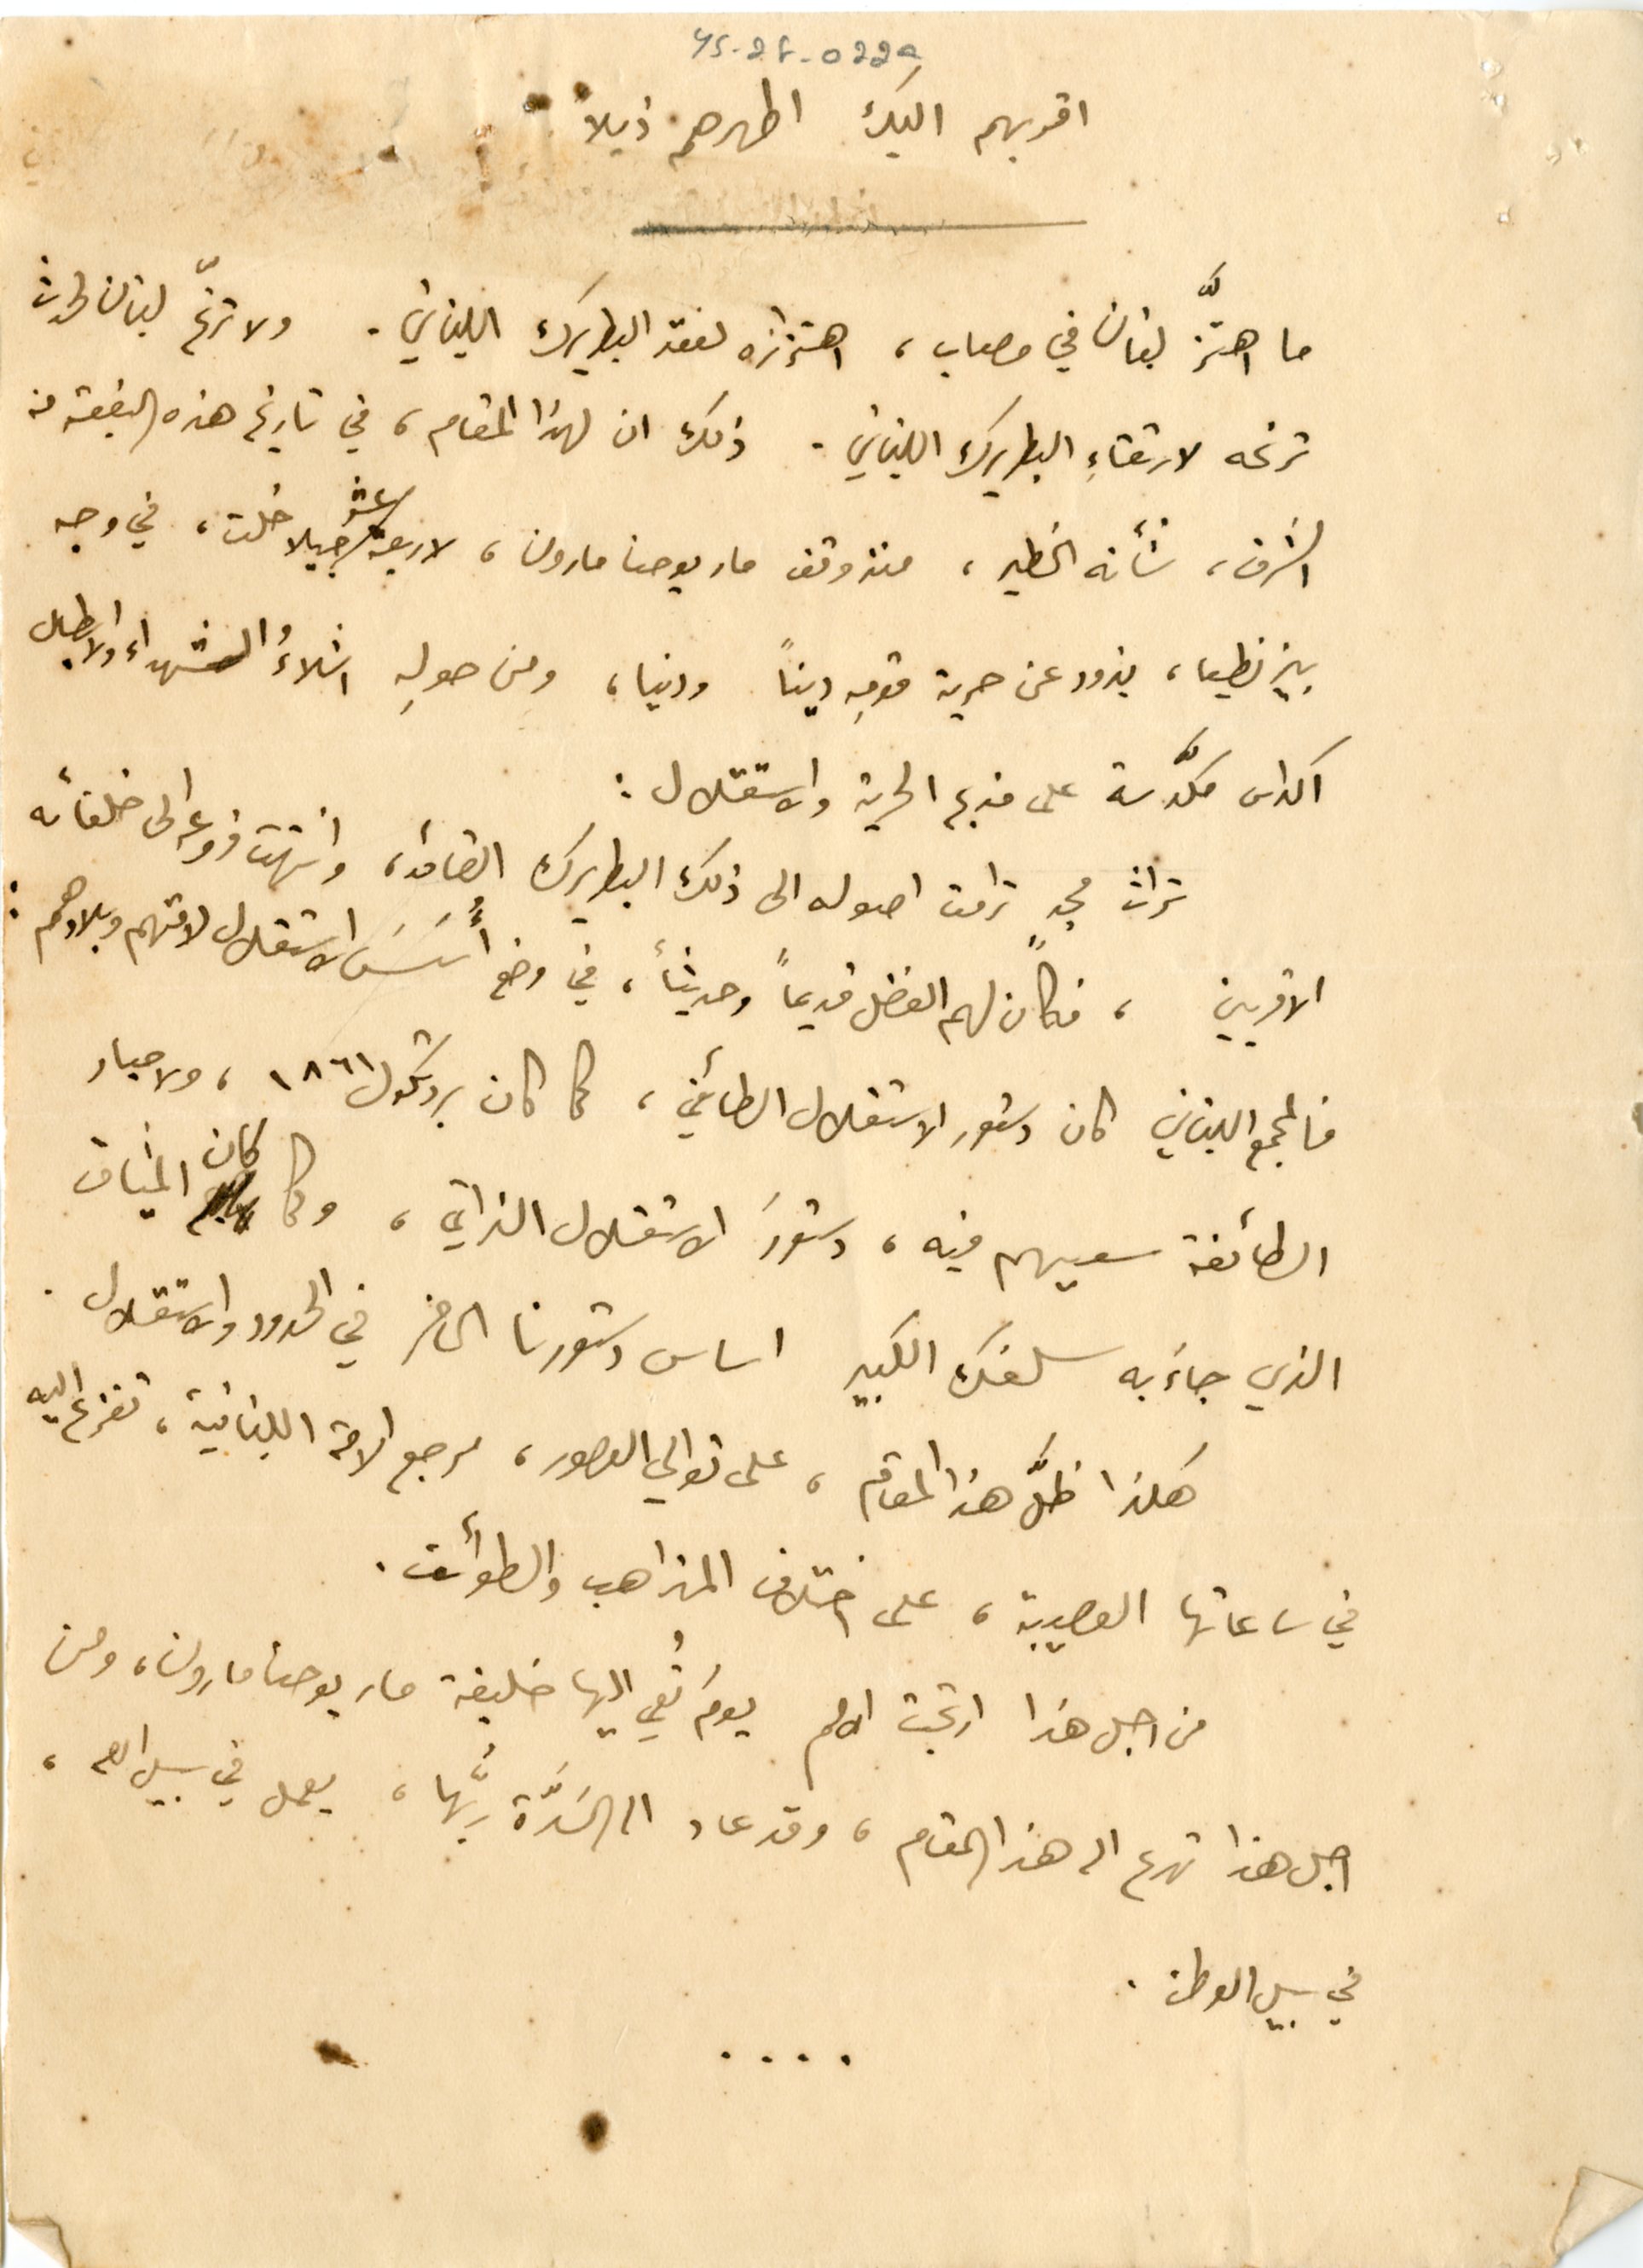
YS_2F_022a
اقربهم اليك اطهرهم ذيلاً
ما اهتزَّ لبنان في مصاب، اهتزازه لفقد البطريرك اللبناني. ولا ترنّح لبنان لحدث
ترنحه لارتقاءِ البطريرك اللبناني. ذلك ان لهذا المقام، في تاريخ هذه البقعه من
الشرق، شأنه الخطير، منذ وقف مار يوحنا مارون، لاربعة عشر جيلا خلت، في وجه
بيزنطيا، يزود عن حرية قومِه ديناً ودنيا، ومن حولِه اشلاءُ الشهداء والابطال
اكداس مكدَّسة على مذبح الحرية والاستقلال :
تراث مجدٍ ترامت اصوله الى ذلك البطريرك القامة، وانتهت فروعه الى خلفائه
الاقربين، فكان لهم الفضل قديماً وحديثاً، في وضع أُسَسَ الاستقلال لامتهم وبلادهم :
فالمجمع اللبناني كان دستور الاستقلال الطائفي، كما كان بروتكول ١٨٦١، ولاحبار
الطائفة سعيهم فيه، دستورَ الاستقلال الذاتي، وكما كان الميثاق
الذي جاءَ به سلفك الكبير اساس دستورنا الحاضر في الحدود والاستقلال.
هكذا ظلَّ هذا المقام، على توالي العصور، مرجع الامة اللبنانية، تفزع اليه
في ساعاتها العصيبة، على اختلاف المذاهب والطوائف.
من اجل هذا ارتجت الامم يومَ نُعي اليها خليفة مار يوحنا مارون، ومن
اجل هذا تهرع الى هذا المقام، وقد عاد الى السَدَّة ربُّها، يعمل في سبيل الله،
في سبيل الوطن.
....